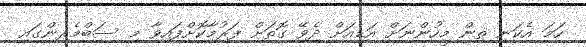
ހަމަ އެކަނި ތިން މީހުންނަށް އަޑިއަށް ދެވޭ ގޮތަށް ފަރުމާކޮށްފައިވާ މި ސަބްމެރިންގައި